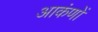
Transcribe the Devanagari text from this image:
आकंणों